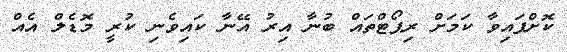
ކޮށްފައިވާ ކަމަށް ރިޕޯޓްތައް ބުނާ އިރު އޭނާ ކައިވެނި ކުރީ މޮޑެލް އެއް